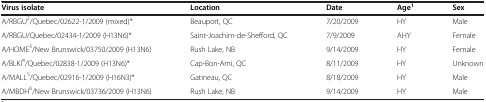
<table><thead><tr><td><b>Virus isolate</b></td><td><b>Location</b></td><td><b>Date</b></td><td><b>Age<sup>1</sup></b></td><td><b>Sex</b></td></tr></thead><tbody><tr><td>A/RBGU<sup>2</sup>/Quebec/02622-1/2009 (mixed)*</td><td>Beauport, QC</td><td>7/20/2009</td><td>HY</td><td>Male</td></tr><tr><td>A/RBGU/Quebec/02434-1/2009 (H13N6)*</td><td>Saint-Joachim-de-Shefford, QC</td><td>7/9/2009</td><td>AHY</td><td>Female</td></tr><tr><td>A/HOME<sup>3</sup>/New Brunswick/03750/2009 (H13N6)</td><td>Rush Lake, NB</td><td>9/14/2009</td><td>HY</td><td>Female</td></tr><tr><td>A/BLKI<sup>4</sup>/Quebec/02838-1/2009 (H13N6)*</td><td>Cap-Bon-Ami, QC</td><td>8/11/2009</td><td>HY</td><td>Unknown</td></tr><tr><td>A/MALL<sup>5</sup>/Quebec/02916-1/2009 (H16N3)*</td><td>Gatineau, QC</td><td>8/18/2009</td><td>HY</td><td>Male</td></tr><tr><td>A/MBDH<sup>6</sup>/New Brunswick/03736/2009 (H13N6)</td><td>Rush Lake, NB</td><td>9/14/2009</td><td>HY</td><td>Male</td></tr></tbody></table>